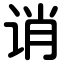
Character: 诮